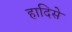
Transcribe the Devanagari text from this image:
हादिसे